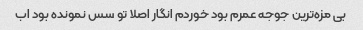
بی مزه‌ترین جوجه عمرم بود خوردم انگار اصلا تو سس نمونده بود اب